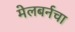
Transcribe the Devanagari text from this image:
मेलबर्नचा